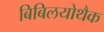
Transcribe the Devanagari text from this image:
बिबिलयोथैक